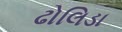
ઢોલિડા